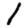
Digit: 1